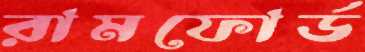
রামফোর্ড